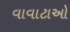
વાવાટાઓ